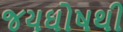
જયઘોષથી